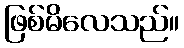
ဖြစ်မိလေသည်။